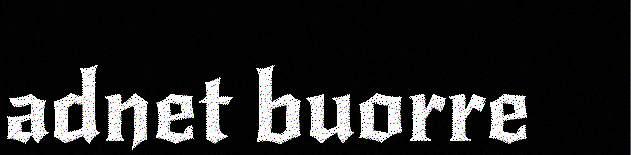
adnet buorre